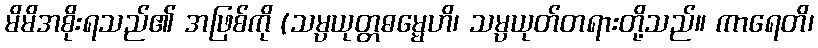
မိမိအစိုးရသည်၏ အဖြစ်ကို (သမ္ပယုတ္တဓမ္မေဟိ၊ သမ္ပယုတ်တရားတို့သည်။ ကာရေတိ၊